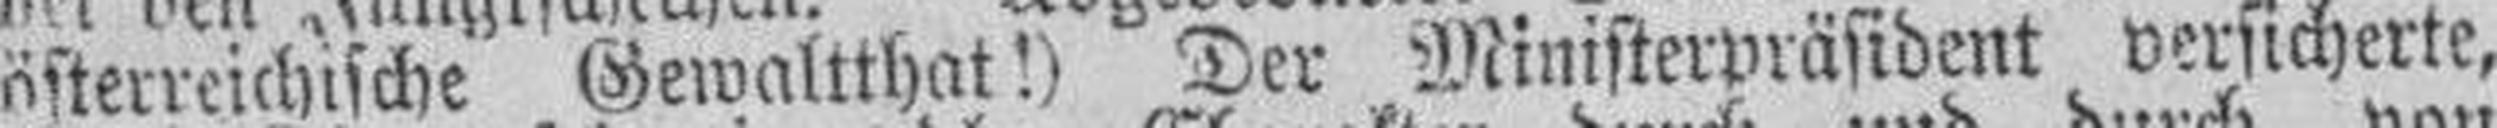
österreichische Gewaltthat!) Der Ministerpräsident versicherte,